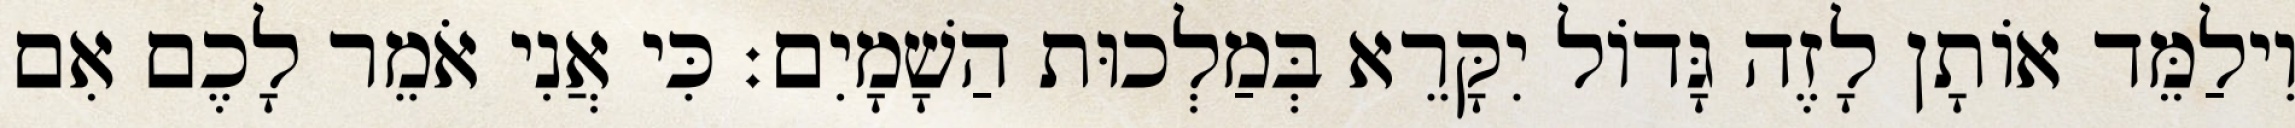
וִילַמֵּד אוֹתָן לָזֶה גָּדוֹל יִקָּרֵא בְּמַלְכוּת הַשָׁמָיִם׃ כִּי אֲנִי אֹמֵר לָכֶם אִם